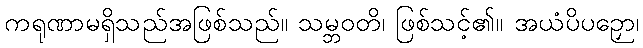
ကရုဏာမရှိသည်အဖြစ်သည်။ သမ္ဘဝတိ၊ ဖြစ်သင့်၏။ အယံပိပဉှော၊